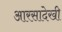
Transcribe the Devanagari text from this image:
आरसादेखी